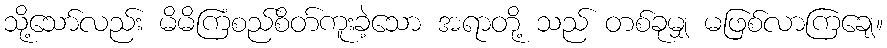
သို့သော်လည်း မိမိကြံစည်စိတ်ကူးခဲ့သော အရာတို့ သည် တစ်ခုမျှ မဖြစ်လာကြချေ။